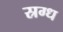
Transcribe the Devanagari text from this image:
स्रग्ध